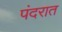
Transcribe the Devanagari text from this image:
पंदरात